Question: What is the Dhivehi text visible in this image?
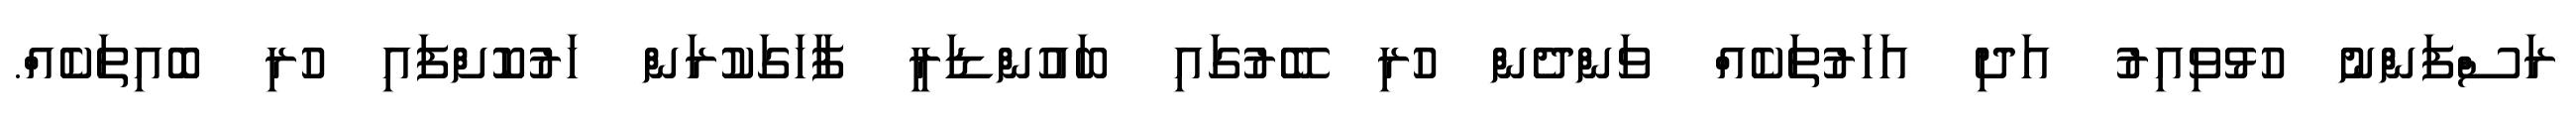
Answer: ރަސްފަންނު ހުޅުވިއިރު އަދި އަހަރުތަކެއް ވަންދެން ހުރި ބޭރުގައި ބައުންޑަރީ ފާހަގަކުރަން ހަރުކޮށްފައި ހުރި ބޮއިތަކެއް.